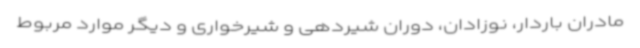
مادران باردار، نوزادان، دوران شیردهی و شیرخواری و دیگر موارد مربوط